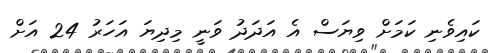
ކައިވެނި ކަމަށް ވިޔަސް އެ އަދަދު ވަނީ މިދިޔަ އަހަރު 24 އަށް